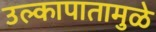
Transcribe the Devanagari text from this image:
उल्कापातामुळे